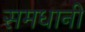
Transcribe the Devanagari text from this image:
समधानी